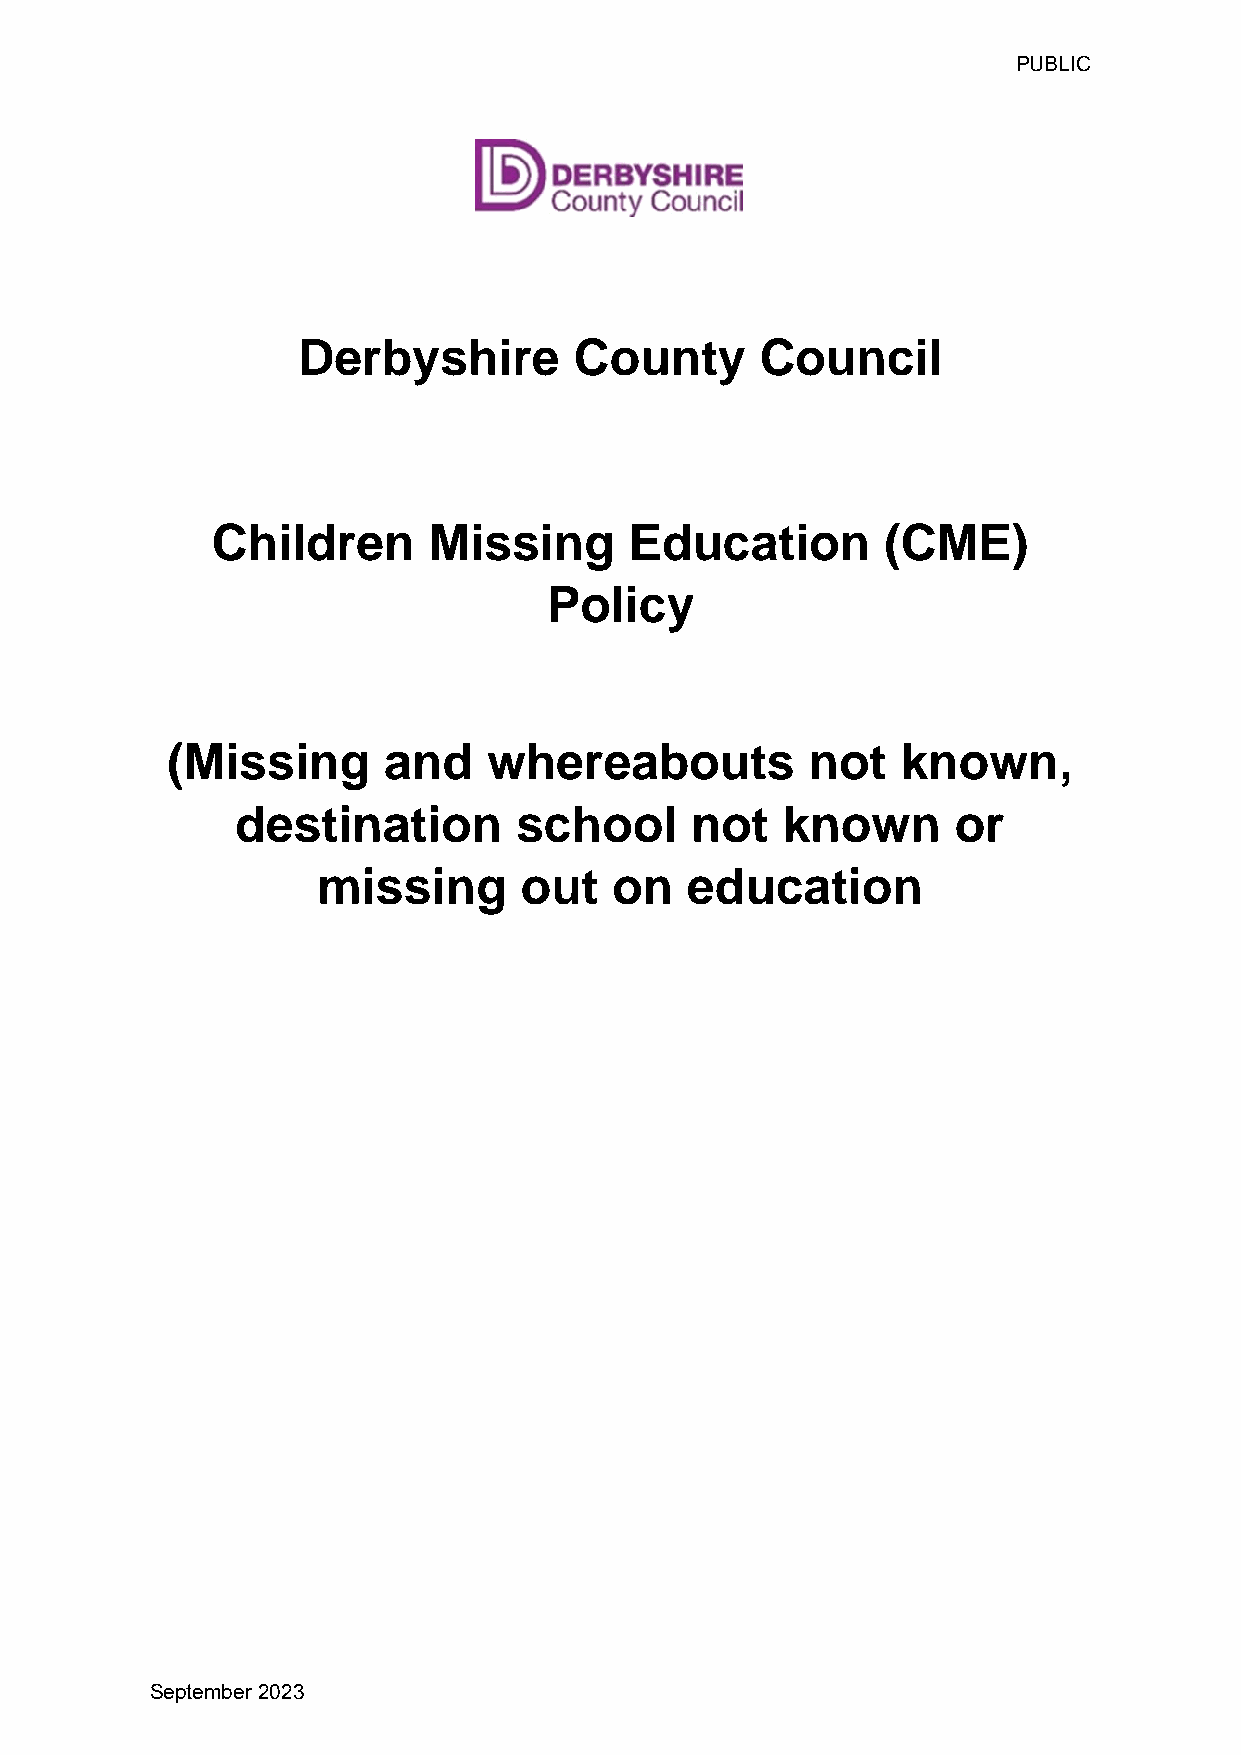
PUBLIC
 Derbyshire        County      Council
 Children      Missing       Education        (CME)
 Policy
 (Missing      and    whereabouts           not   known,
 destination       school      not   known      or
 missing      out    on  education
 September 2023